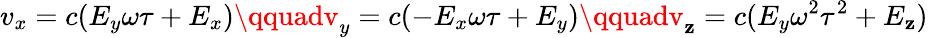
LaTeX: v_{x}=c(E_{y}\omega\tau+E_{x})\qquadv_{y}=c(-E_{x}\omega\tau+E_{y})\qquadv_{\mathbf{z}}=c(E_{y}\omega^{2}\tau^{2}+E_{\mathbf{z}})